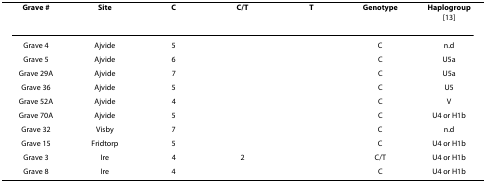
<table><thead><tr><td><b>Grave #</b></td><td><b>Site</b></td><td><b>C</b></td><td><b>C/T</b></td><td><b>T</b></td><td><b>Genotype</b></td><td><b>Haplogroup [13]</b></td></tr></thead><tbody><tr><td>Grave 4</td><td>Ajvide</td><td>5</td><td></td><td></td><td>C</td><td>n.d</td></tr><tr><td>Grave 5</td><td>Ajvide</td><td>6</td><td></td><td></td><td>C</td><td>U5a</td></tr><tr><td>Grave 29A</td><td>Ajvide</td><td>7</td><td></td><td></td><td>C</td><td>U5a</td></tr><tr><td>Grave 36</td><td>Ajvide</td><td>5</td><td></td><td></td><td>C</td><td>U5</td></tr><tr><td>Grave 52A</td><td>Ajvide</td><td>4</td><td></td><td></td><td>C</td><td>V</td></tr><tr><td>Grave 70A</td><td>Ajvide</td><td>5</td><td></td><td></td><td>C</td><td>U4 or H1b</td></tr><tr><td>Grave 32</td><td>Visby</td><td>7</td><td></td><td></td><td>C</td><td>n.d</td></tr><tr><td>Grave 15</td><td>Fridtorp</td><td>5</td><td></td><td></td><td>C</td><td>U4 or H1b</td></tr><tr><td>Grave 3</td><td>Ire</td><td>4</td><td>2</td><td></td><td>C/T</td><td>U4 or H1b</td></tr><tr><td>Grave 8</td><td>Ire</td><td>4</td><td></td><td></td><td>C</td><td>U4 or H1b</td></tr></tbody></table>